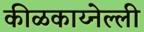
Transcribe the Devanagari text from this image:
कीळकाय्नेल्ली